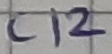
Text: C12